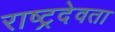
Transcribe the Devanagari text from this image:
राष्ट्रदेवता